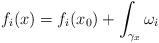
LaTeX: \begin{align*}f_i(x) = f_i(x_0) + \int_{\gamma_x}\omega_i\end{align*}